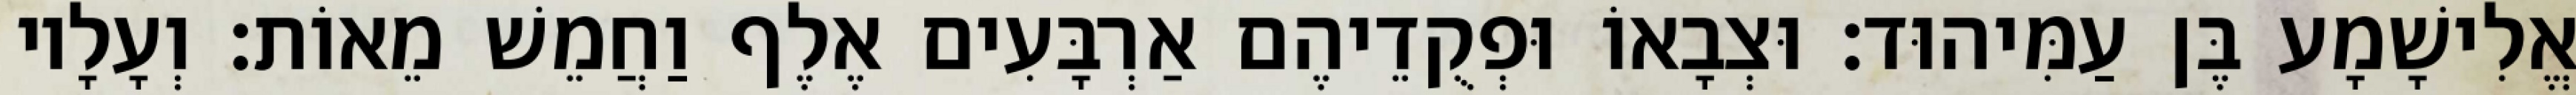
אֱלִישָׁמָע בֶּן עַמִּיהוּד׃ וּצְבָאוֹ וּפְקֻדֵיהֶם אַרְבָּעִים אֶלֶף וַחֲמֵשׁ מֵאוֹת׃ וְעָלָיו